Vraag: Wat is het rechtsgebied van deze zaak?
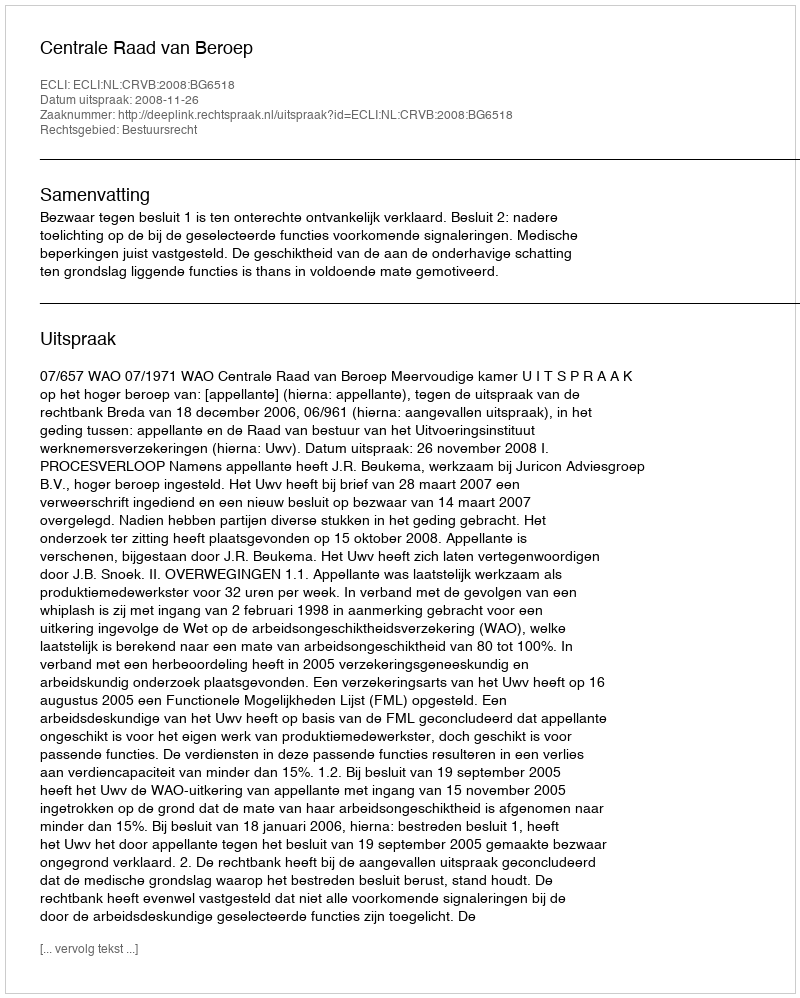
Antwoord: Bestuursrecht